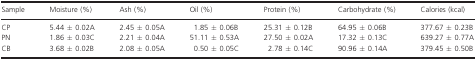
| Sample | Moisture (%) | Ash (%) | Oil (%) | Protein (%) | Carbohydrate (%) | Calories (kcal) |
 | --- | --- | --- | --- | --- | --- | --- |
 | CP | 5.44 ± 0.02A | 2.45 ± 0.05A | 1.85 ± 0.06B | 25.31 ± 0.12B | 64.95 ± 0.06B | 377.67 ± 0.23B |
 | PN | 1.86 ± 0.03C | 2.21 ± 0.04A | 51.11 ± 0.53A | 27.50 ± 0.02A | 17.32 ± 0.13C | 639.27 ± 0.77A |
 | CB | 3.68 ± 0.02B | 2.08 ± 0.05A | 0.50 ± 0.05C | 2.78 ± 0.14C | 90.96 ± 0.14A | 379.45 ± 0.50B |